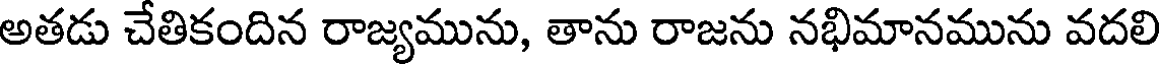
అతడు చేతికందిన రాజ్యమును, తాను రాజను నభిమానమును వదలి